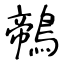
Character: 鶙